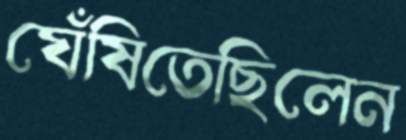
ঘেঁষিতেছিলেন